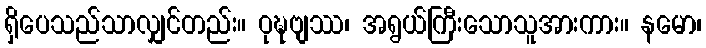
ရှိပေသည်သာလျှင်တည်း။ ဝုဍ္ဎဗျဿ၊ အရွယ်ကြီးသောသူအားကား။ နမော၊